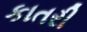
કાતરી